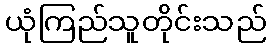
ယုံကြည်သူတိုင်းသည်